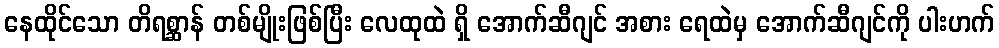
နေထိုင်သော တိရစ္ဆာန် တစ်မျိုးဖြစ်ပြီး လေထုထဲ ရှိ အောက်ဆီဂျင် အစား ရေထဲမှ အောက်ဆီဂျင်ကို ပါးဟက်